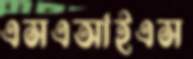
এসএআইএস